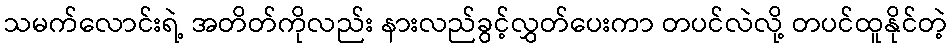
သမက်လောင်းရဲ့ အတိတ်ကိုလည်း နားလည်ခွင့်လွှတ်ပေးကာ တပင်လဲလို့ တပင်ထူနိုင်တဲ့